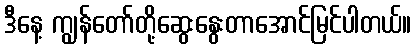
ဒီနေ့ ကျွန်တော်တို့ဆွေးနွေးတာအောင်မြင်ပါတယ်။